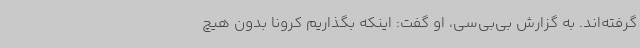
گرفته‌اند. به گزارش بی‌بی‌سی، او گفت: اینکه بگذاریم کرونا بدون هیچ